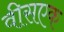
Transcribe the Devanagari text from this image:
वीसएक